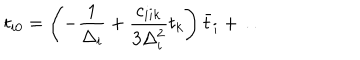
t _ { i 0 } = \left( - { \frac { 1 } { \Delta _ { i } } } + { \frac { c _ { i i k } } { 3 \Delta _ { i } ^ { 2 } } } t _ { k } \right) \bar { t } _ { i } + \dots